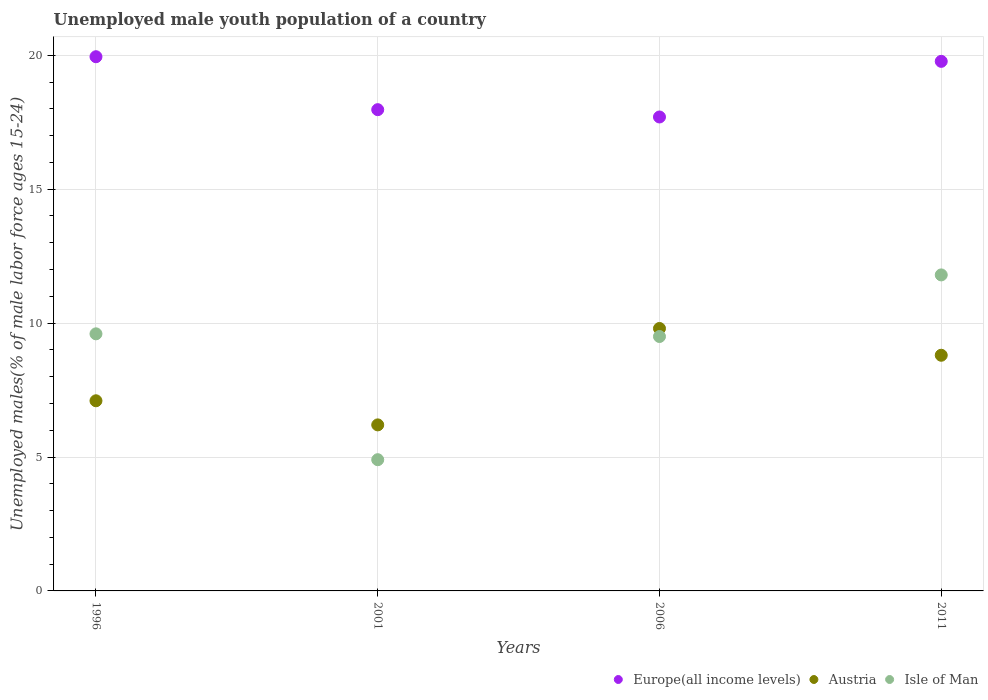
| Years | Europe(all income levels) | Austria | Isle of Man |
 | --- | --- | --- | --- |
 | 1996 | 19.9 | 7.1 | 9.6 |
 | 2001 | 18 | 6.2 | 4.9 |
 | 2006 | 17.7 | 9.8 | 9.5 |
 | 2011 | 19.8 | 8.8 | 11.8 |